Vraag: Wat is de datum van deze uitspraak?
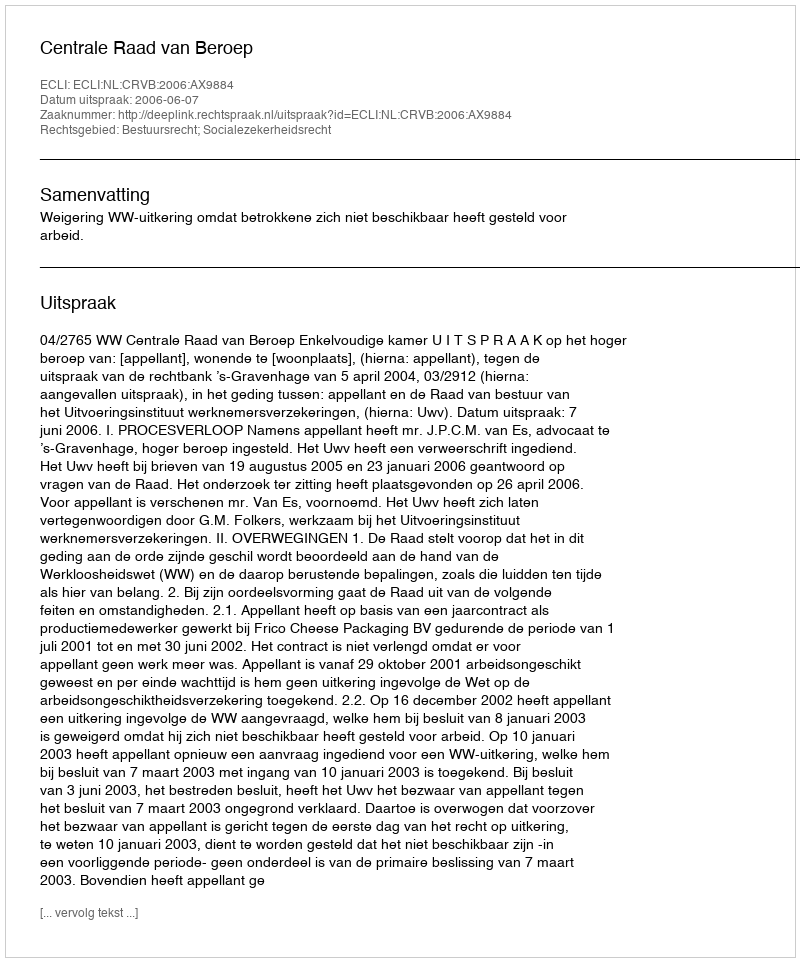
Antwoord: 2006-06-07